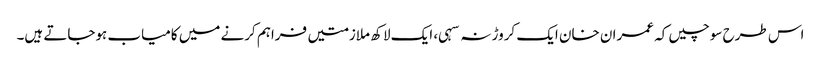
اس طرح سوچیں کہ عمران خان ایک کروڑ نہ سہی، ایک لاکھ ملازمتیں فراہم کرنے میں کامیاب ہوجاتے ہیں۔